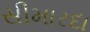
સીમારદા